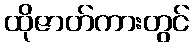
ထိုဇာတ်ကားတွင်